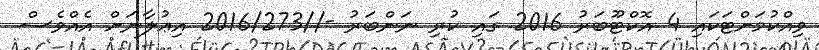
ވިއްކުމަށްޓަކައި 4 އޮކްޓޫބަރު 2016 ގައި ކުރި ނަންބަރު -//2016/273 އިޢުލާނަށް އެއްވެސް